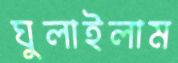
ঘুলাইলাম